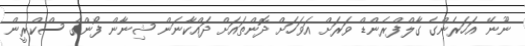
ނޫނޭ އަހަރެންގެ ގާލްފްރެންޑް ވަރަށް އަވަހަށް ދޮންތައަށް ދައްކާނަން ޝިނާން ފޯންގެ ސްކްރީން